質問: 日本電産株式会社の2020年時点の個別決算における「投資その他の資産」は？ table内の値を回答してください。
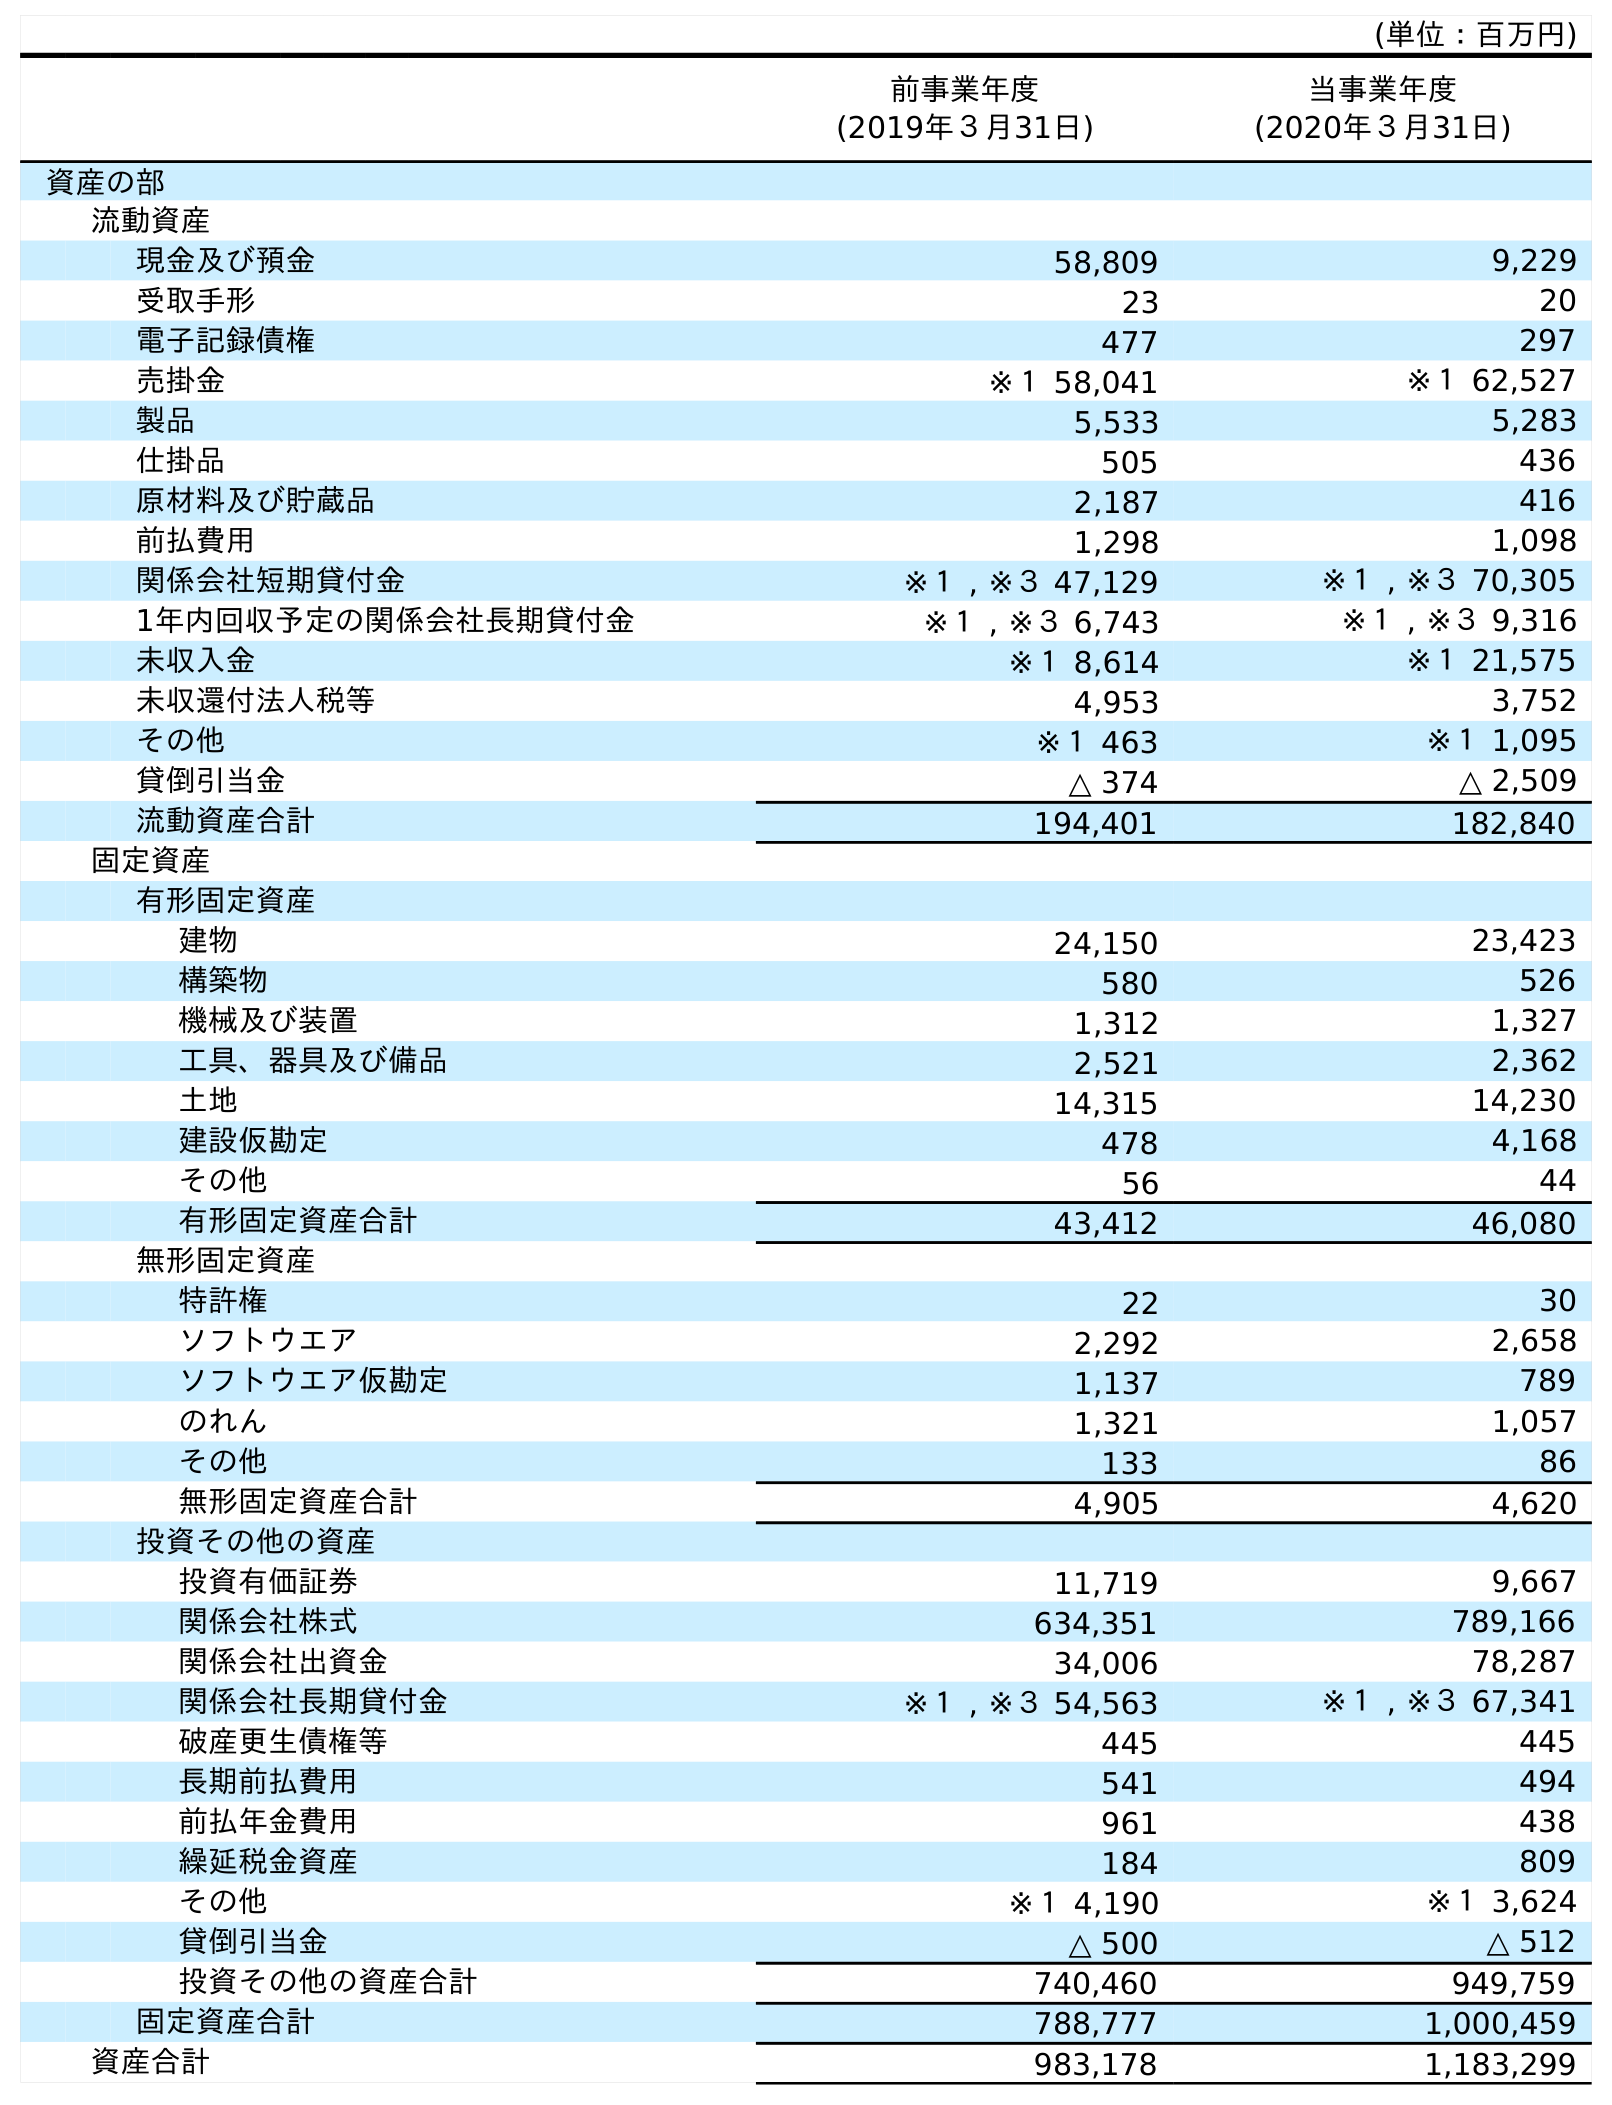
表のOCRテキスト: (単位：百万円) 前事業年度 (2019年３月31日) 当事業年度 (2020年３月31日) 資産の部 流動資産 現金及び預金 58,809 9,229 受取手形 23 20 電子記録債権 477 297 売掛金 ※１ 58,041 ※１ 62,527 製品 5,533 5,283 仕掛品 505 436 原材料及び貯蔵品 2,187 416 前払費用 1,298 1,098 関係会社短期貸付金 ※１ , ※３ 47,129 ※１ , ※３ 70,305 1年内回収予定の関係会社長期貸付金 ※１ , ※３ 6,743 ※１ , ※３ 9,316 未収入金 ※１ 8,614 ※１ 21,575 未収還付法人税等 4,953 3,752 その他 ※１ 463 ※１ 1,095 貸倒引当金 △ 374 △ 2,509 流動資産合計 194,401 182,840 固定資産 有形固定資産 建物 24,150 23,423 構築物 580 526 機械及び装置 1,312 1,327 工具、器具及び備品 2,521 2,362 土地 14,315 14,230 建設仮勘定 478 4,168 その他 56 44 有形固定資産合計 43,412 46,080 無形固定資産 特許権 22 30 ソフトウエア 2,292 2,658 ソフトウエア仮勘定 1,137 789 のれん 1,321 1,057 その他 133 86 無形固定資産合計 4,905 4,620 投資その他の資産 投資有価証券 11,719 9,667 関係会社株式 634,351 789,166 関係会社出資金 34,006 78,287 関係会社長期貸付金 ※１ , ※３ 54,563 ※１ , ※３ 67,341 破産更生債権等 445 445 長期前払費用 541 494 前払年金費用 961 438 繰延税金資産 184 809 その他 ※１ 4,190 ※１ 3,624 貸倒引当金 △ 500 △ 512 投資その他の資産合計 740,460 949,759 固定資産合計 788,777 1,000,459 資産合計 983,178 1,183,299
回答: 949,759